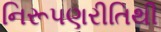
નિરૂપણરીતિથી